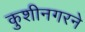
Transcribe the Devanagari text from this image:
कुशीनगरने